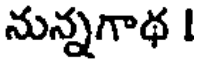
నున్నగాథ I